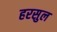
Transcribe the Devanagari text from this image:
हरसुल